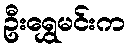
ဦးရွှေမင်းက